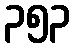
၃၅၃